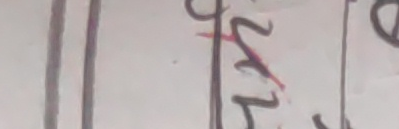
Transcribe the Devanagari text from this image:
२५